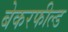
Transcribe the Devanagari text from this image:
बेकरफील्ड